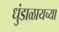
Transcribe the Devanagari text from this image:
धुंडाळायच्या